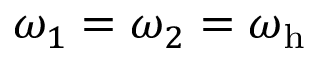
\omega _ { 1 } = \omega _ { 2 } = \omega _ { \mathrm { h } }